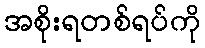
အစိုးရတစ်ရပ်ကို